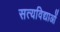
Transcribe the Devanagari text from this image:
सत्यविद्याओं